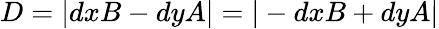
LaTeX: D=\vert dxB-dyA\vert=\vert-dxB+dyA\vert